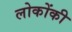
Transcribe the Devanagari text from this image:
लोकोंकी